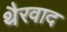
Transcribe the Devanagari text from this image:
थैरवाद